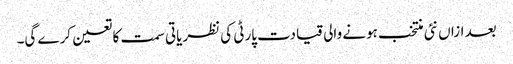
بعد ازاں نئی منتخب ہونے والی قیادت پارٹی کی نظریاتی سمت کا تعین کرے گی۔